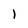
Character: I